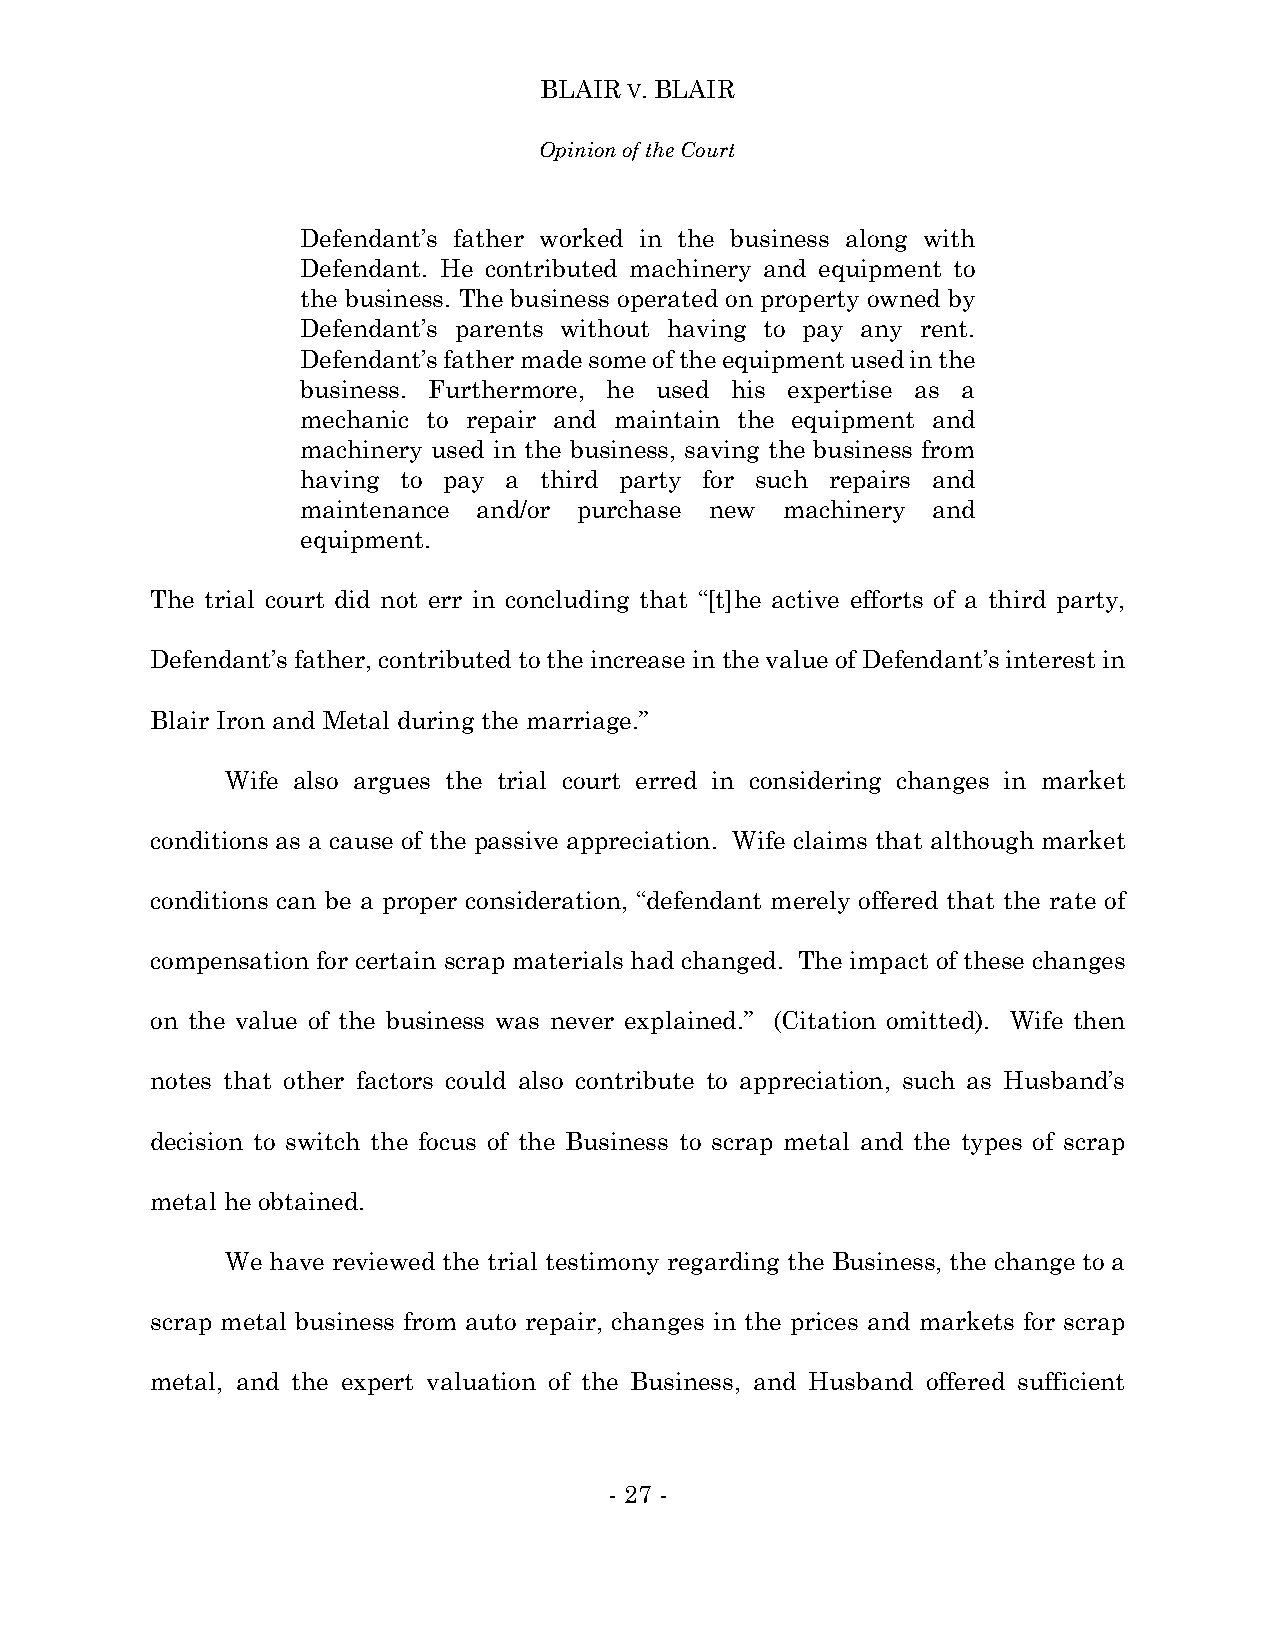
BLAIR V. BLAIR
 Opinion of the Court
 Defendant’s father worked in the business along with
 Defendant. He contributed machinery and equipment to
 the business. The business operated on property owned by
 Defendant’s parents without having to pay any rent.
 Defendant’s father made some of the equipment used in the
 business. Furthermore, he used his expertise as a
 mechanic to repair and maintain the equipment and
 machinery used in the business, saving the business from
 having to pay a third party for such repairs and
 maintenance and/or purchase new machinery and
 equipment.
 The trial court did not err in concluding that “[t]he active efforts of a third party,
 Defendant’s father, contributed to the increase in the value of Defendant’s interest in
 Blair Iron and Metal during the marriage.”
 Wife also argues the trial court erred in considering changes in market
 conditions as a cause of the passive appreciation. Wife claims that although market
 conditions can be a proper consideration, “defendant merely offered that the rate of
 compensation for certain scrap materials had changed. The impact of these changes
 on the value of the business was never explained.” (Citation omitted). Wife then
 notes that other factors could also contribute to appreciation, such as Husband’s
 decision to switch the focus of the Business to scrap metal and the types of scrap
 metal he obtained.
 We have reviewed the trial testimony regarding the Business, the change to a
 scrap metal business from auto repair, changes in the prices and markets for scrap
 metal, and the expert valuation of the Business, and Husband offered sufficient
 - 27 -